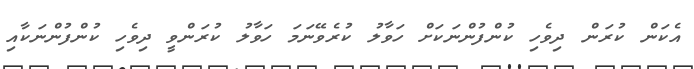
އެކަން ކުރަން ދިވެހި ކުންފުންނަކަށް ހަވާލު ކުރެވޭނަމަ ހަވާލު ކުރަންވީ ދިވެހި ކުންފުންނަކާއި